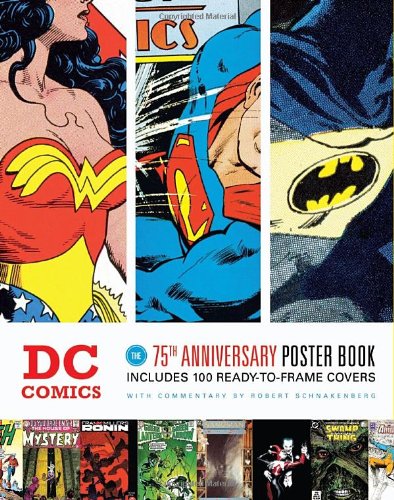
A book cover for DC Comics; Crafts, Hobbies & Home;